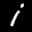
Label: 1